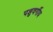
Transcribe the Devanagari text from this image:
पशुवर्गीय